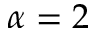
\alpha = 2